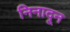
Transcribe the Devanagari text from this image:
निनादून